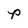
Character: P